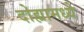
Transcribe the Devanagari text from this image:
दोह्यामध्ये